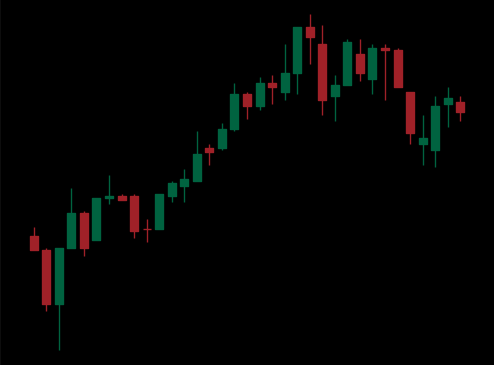
Pattern: bear_flag